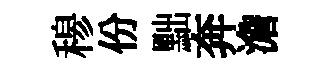
𥠇份黜奔澹